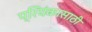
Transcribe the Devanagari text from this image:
प्रियंकासाठी